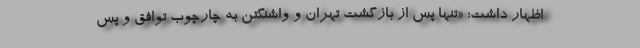
اظهار داشت: «تنها پس از بازگشت تهران و واشنگتن به چارچوب توافق و پس